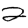
Digit: 2